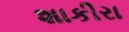
શાકીરા